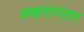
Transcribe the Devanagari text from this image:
अक्षरांनंतर